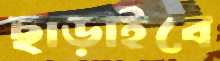
ছাড়াইবে